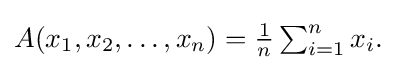
{\textstyle A(x_{1},x_{2},\ldots ,x_{n})={\tfrac {1}{n}}\sum _{i=1}^{n}x_{i}.}